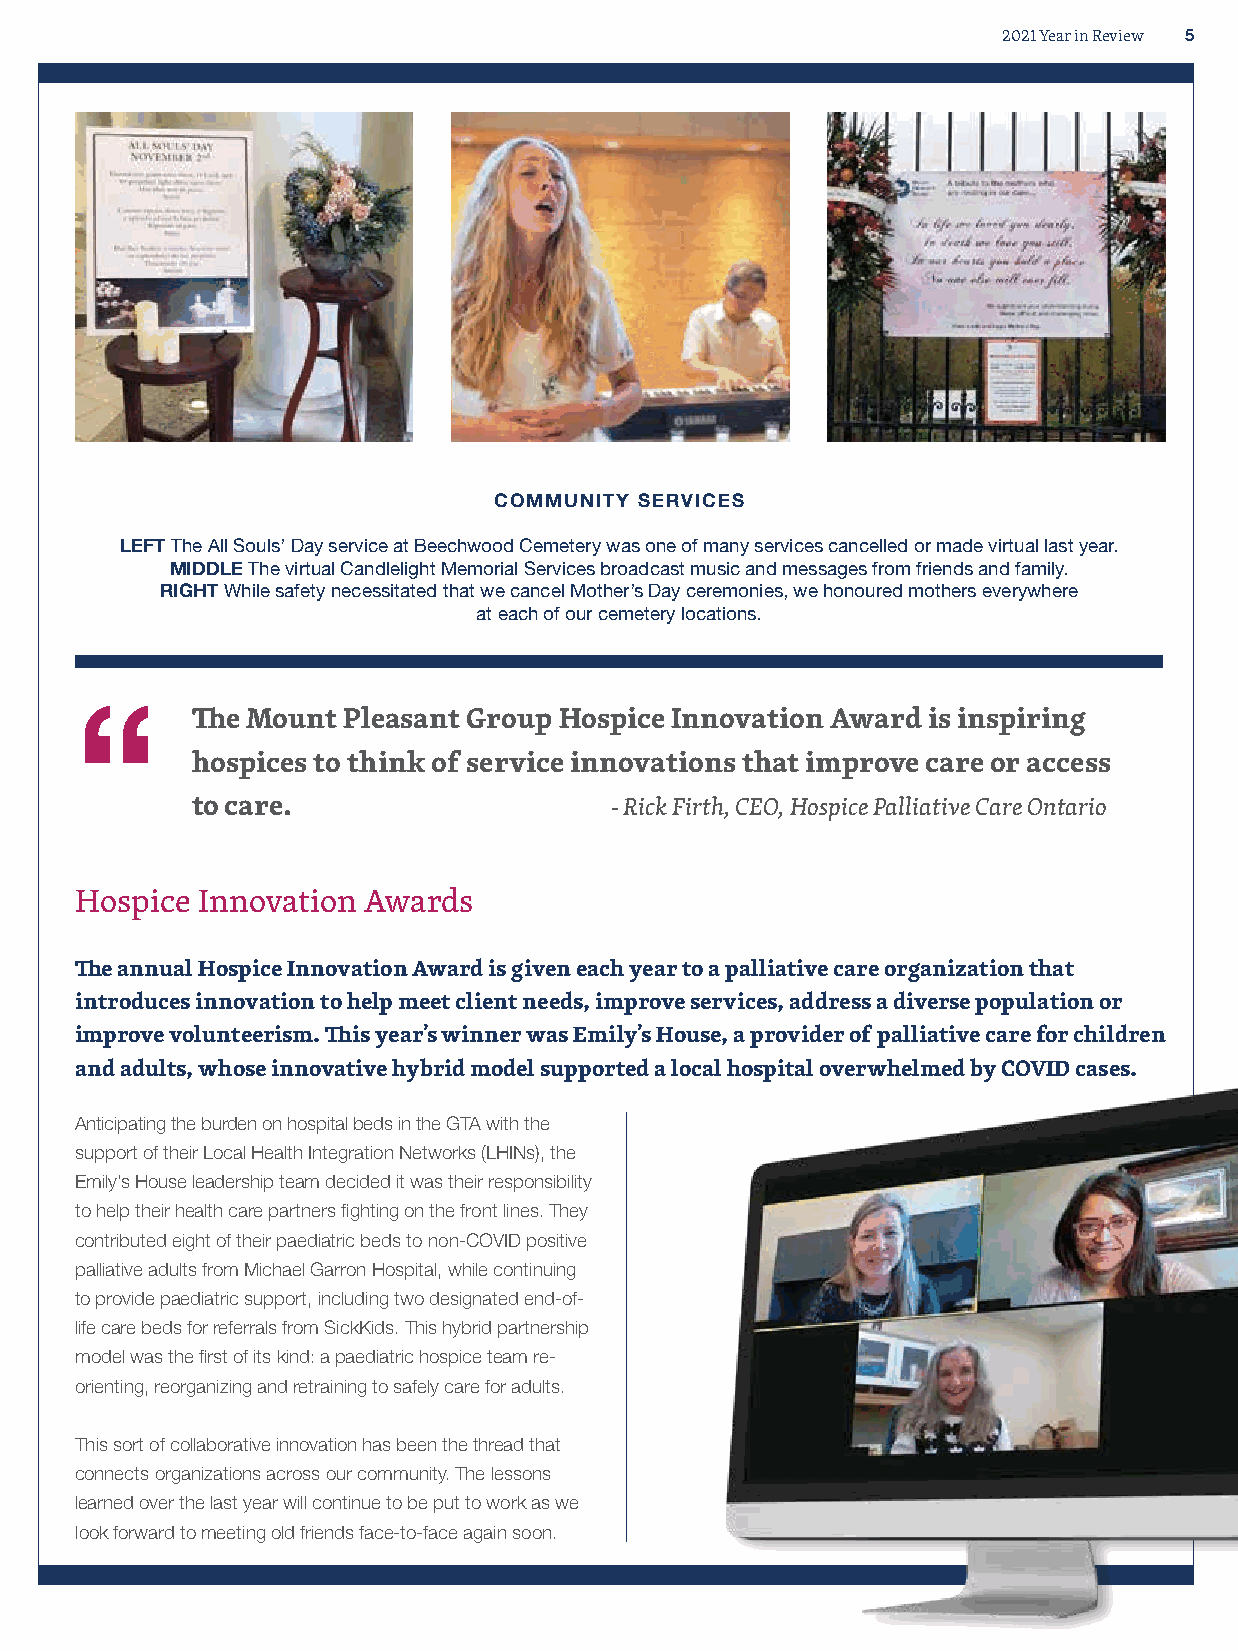
2021 Year in Review 5
 COMMUNITY SERVICES
 LEFT The All Souls’ Day service at Beechwood Cemetery was one of many services cancelled or made virtual last year.
 MIDDLE The virtual Candlelight Memorial Services broadcast music and messages from friends and family.
 RIGHT While safety necessitated that we cancel Mother’s Day ceremonies, we honoured mothers everywhere
 at each of our cemetery locations.
 The Mount Pleasant Group Hospice Innovation Award is inspiring
 “
 hospices to think of service innovations that improve care or access
 to care.                   - Rick Firth, CEO, Hospice Palliative Care Ontario
 Hospice Innovation Awards
 The annual Hospice Innovation Award is given each year to a palliative care organization that
 introduces innovation to help meet client needs, improve services, address a diverse population or
 improve volunteerism. This year’s winner was Emily’s House, a provider of palliative care for children
 and adults, whose innovative hybrid model supported a local hospital overwhelmed by COVID cases.
 Anticipating the burden on hospital beds in the GTA with the
 support of their Local Health Integration Networks (LHINs), the
 Emily’s House leadership team decided it was their responsibility
 to help their health care partners fighting on the front lines. They
 contributed eight of their paediatric beds to non-COVID positive
 palliative adults from Michael Garron Hospital, while continuing
 to provide paediatric support, including two designated end-of-
 life care beds for referrals from SickKids. This hybrid partnership
 model was the first of its kind: a paediatric hospice team re-
 orienting, reorganizing and retraining to safely care for adults.
 This sort of collaborative innovation has been the thread that
 connects organizations across our community. The lessons
 learned over the last year will continue to be put to work as we
 look forward to meeting old friends face-to-face again soon.